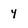
Character: y